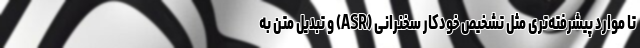
تا موارد پیشرفته‌تری مثل تشخیص خودکار سخنرانی (ASR) و تبدیل متن به